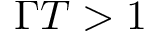
\Gamma T > 1